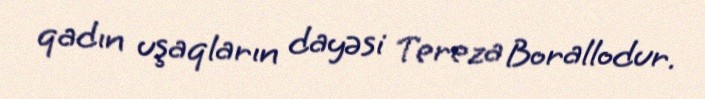
qadın uşaqların dayəsi Tereza Borallodur.